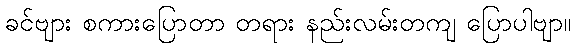
ခင်ဗျား စကားပြောတာ တရား နည်းလမ်းတကျ ပြောပါဗျာ။